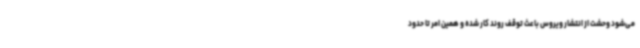
می‌شود وحشت از انتشار ویروس باعث توقف روند کار شده و همین امر تا حدود